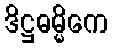
ဒိဋ္ဌဓမ္မိကေ